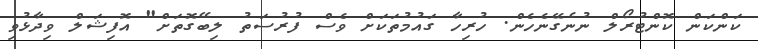
ކަންކަން ކޮންޓުރޯލް ނުނެގޭނެހެން. ހުރިހާ ގައުމުތަކަށް ވެސް ފުރުސަތު ލިބޭގޮތަށް" އޮފިޝަލް ވިދާޅުވި